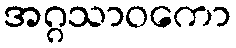
အဂ္ဂသာဝကော